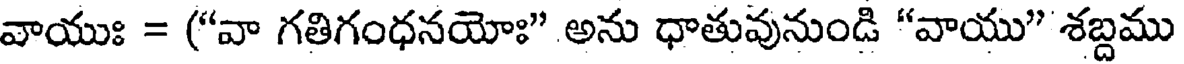
వాయుః = ("వా గతిగంధనయోః" అను ధాతువునుండి "వాయు" శబ్దము